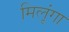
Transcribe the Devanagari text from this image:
मिलूंगा